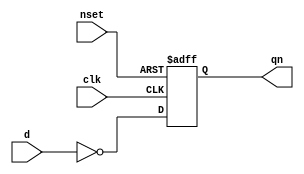
// This program was cloned from: https://github.com/aolofsson/oh
// License: MIT License

//#############################################################################
//# Function:  Positive edge-triggered static inverting D-type flop-flop with #
//             async active low set.                                          # 
//# Copyright: OH Project Authors. ALl rights Reserved.                       #
//# License:   MIT (see LICENSE file in OH repository)                        # 
//#############################################################################

module oh_dffsqn #(parameter DW = 1) // array width
   (
    input [DW-1:0] 	d,
    input [DW-1:0] 	clk,
    input [DW-1:0] 	nset,
    output reg [DW-1:0] qn
    );
   
   always @ (posedge clk or negedge nset)
     if(!nset)
       qn <= 'b0;
     else
       qn <= ~d;
   
endmodule